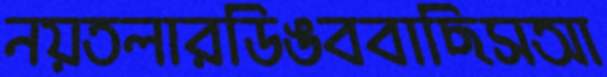
নয়তলারডিঙববাছিসআ